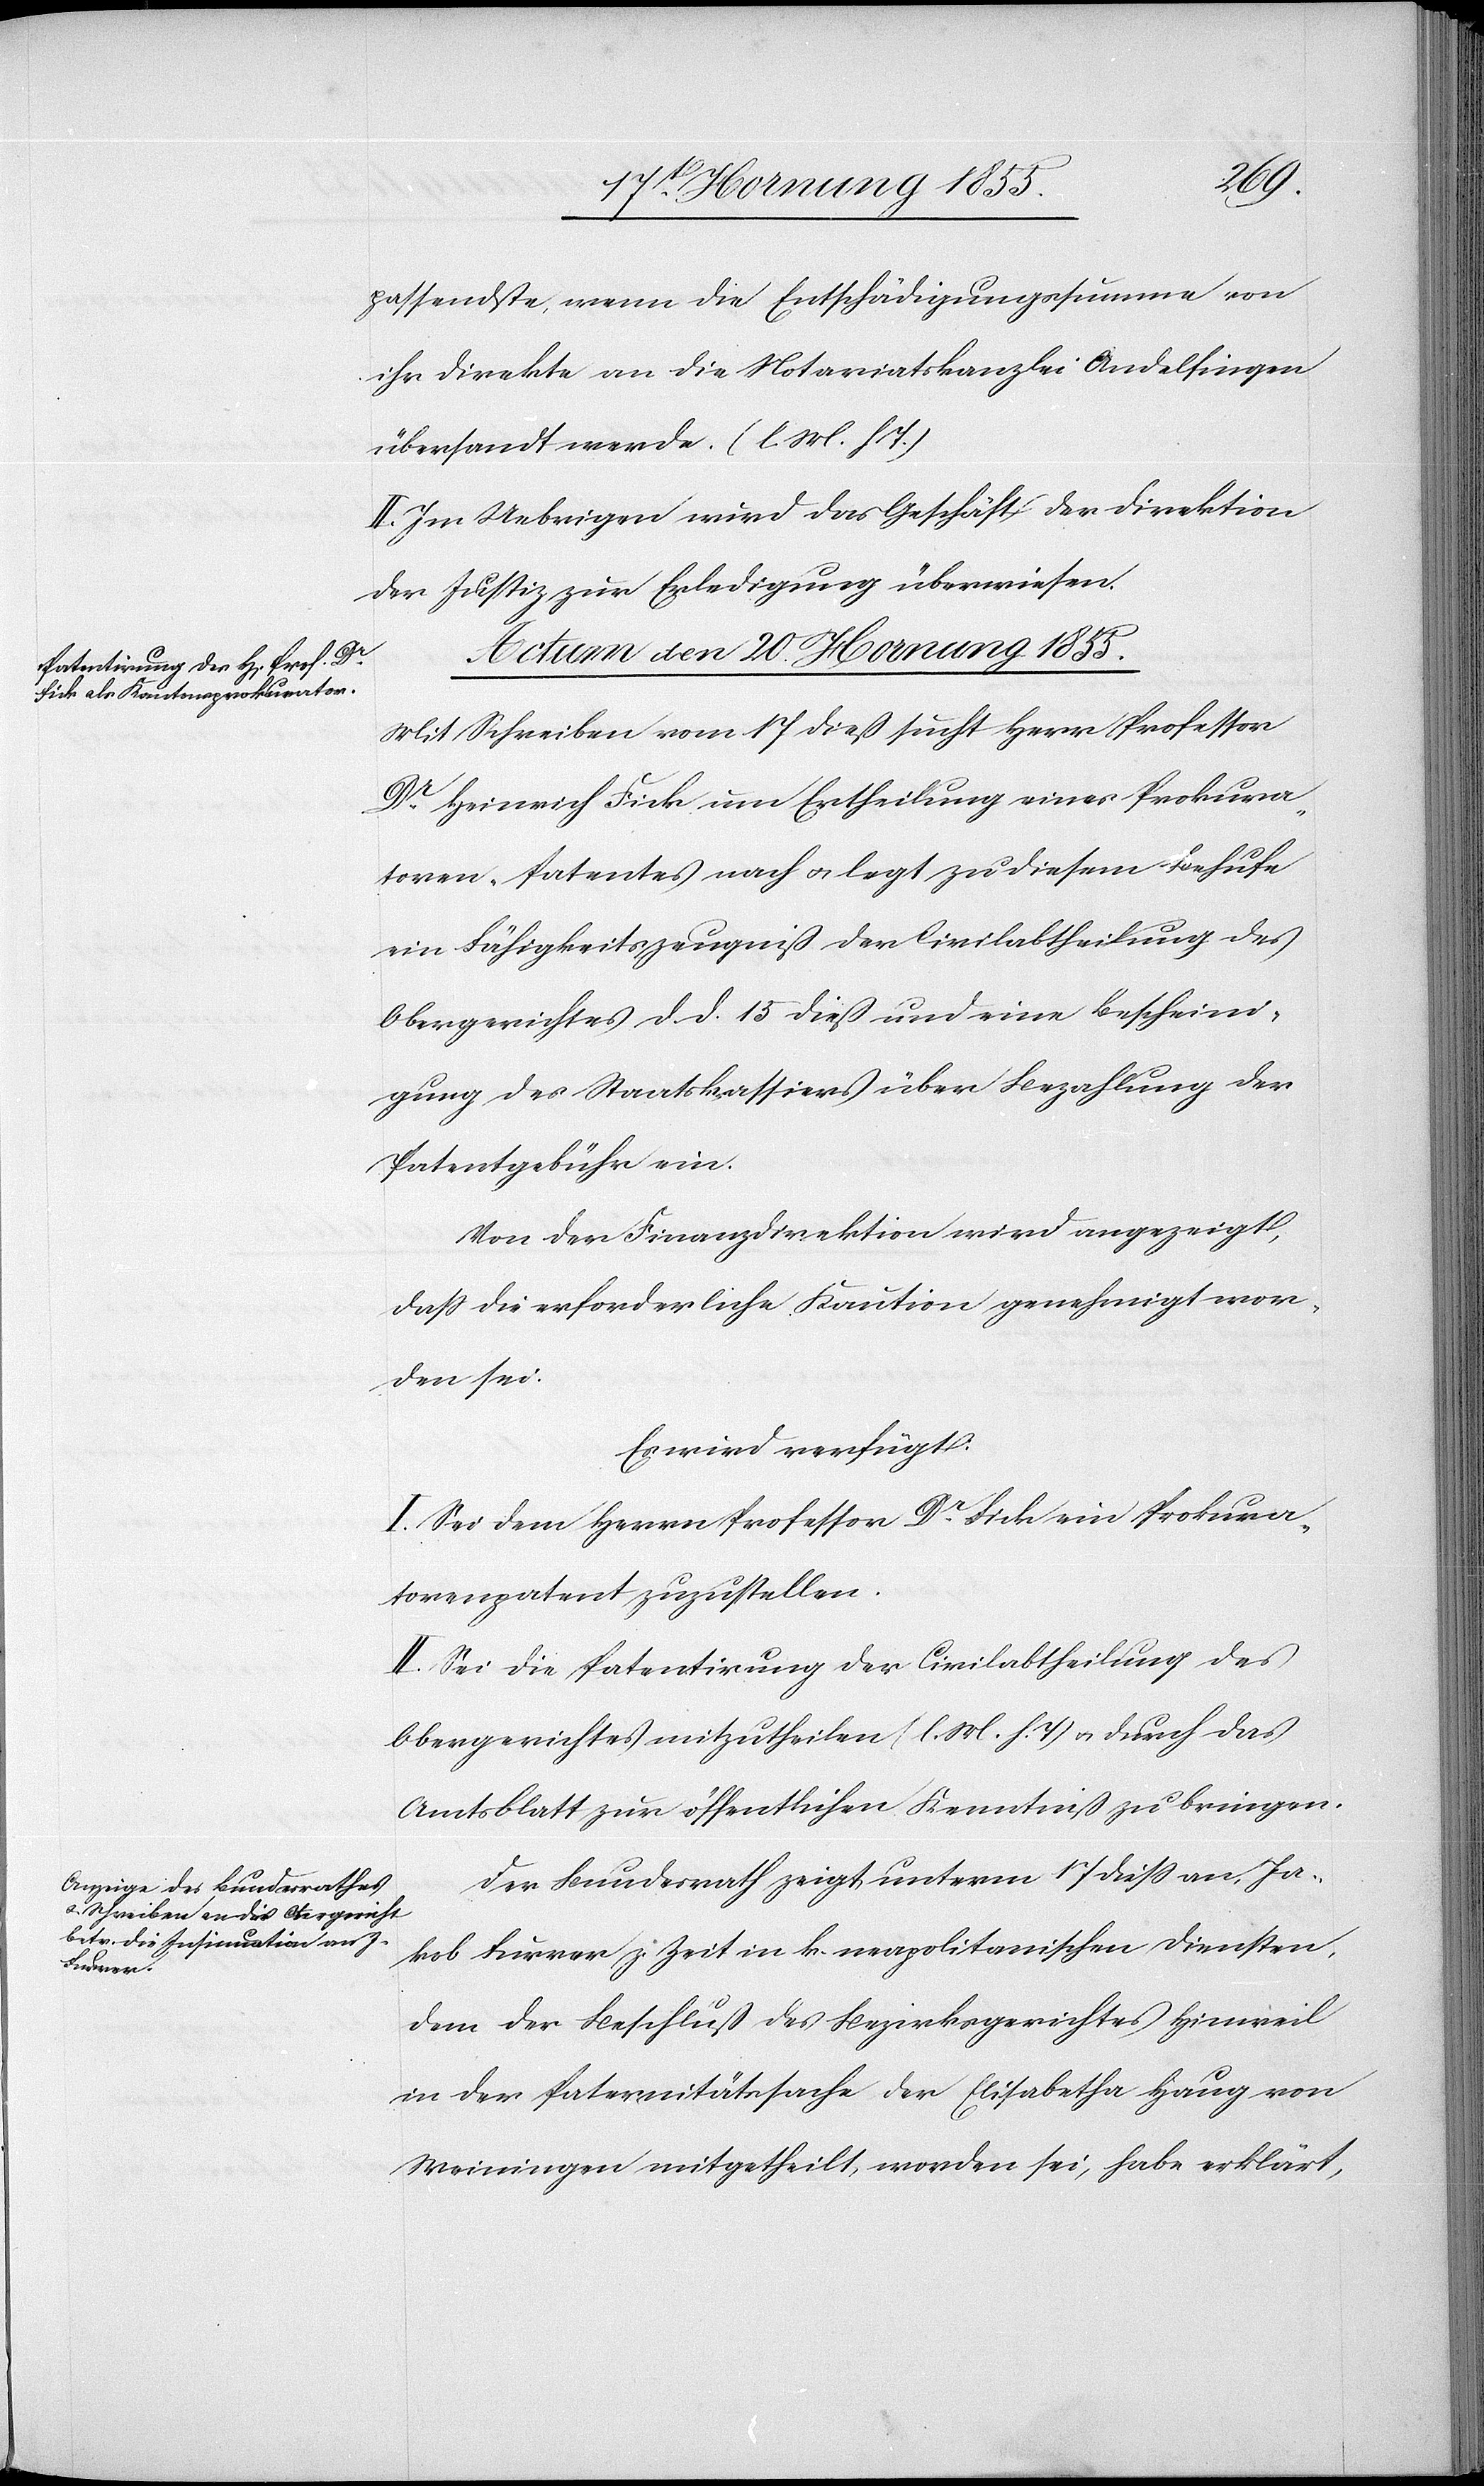
passendste, wenn die Entschädigungssumme von
ihr direkte an die Notariatskanzlei Andelfingen
übersandt werde. (l. M. h T.)
II. Im Uebrigen wird das Geschäft der Direktion
der Justiz zur Erledigung überwiesen.
Actum den 20. Hornung 1855.]
Mit Schreiben vom 17 dieß sucht Herr Professor
Dr. Heinrich Fick um Ertheilung eines Prokura¬
toren-Patentes nach & legt zu diesem Behufe
ein Fähigkeitszeugniß der Civilabtheilung des
Obergerichtes d. d. 15 dieß und eine Bescheini¬
gung des Staatskassiers über Bezahlung der
Patentgebühr ein.
Von der Finanzdirektion wird angezeigt,
daß die erforderliche Kaution genehmigt wor¬
den sei.
Es wird verfügt:
I. Sei dem Herrn Professor Dr. Fick ein Prokura¬
torenpatent zuzustellen.
II. Sei die Patentirung der Civilabtheilung des
Obergerichtes mitzutheilen (l. M. h. T) & durch das
Amtsblatt zur öffentlichen Kenntniß zu bringen.
Der Bundesrath zeigt unterm 17 dieß an, Ja¬
kob Furrer z. Zeit in k. neapolitanischen Diensten,
dem der Beschluß des Bezirksgerichtes Hinweil
in der Paternitätssache der Elisabetha Haug von
Weiningen mitgetheilt worden sei, habe erklärt,